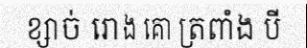
ខ្សាច់ រោង គោ ត្រពាំង បី